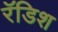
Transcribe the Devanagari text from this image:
रॅडिश